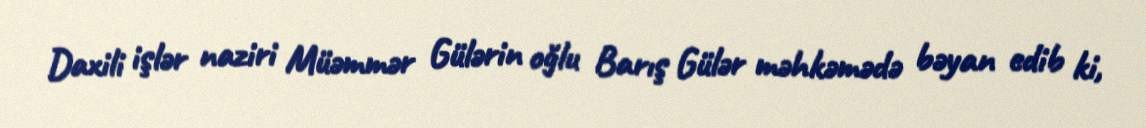
Daxili işlər naziri Müəmmər Gülərin oğlu Barış Gülər məhkəmədə bəyan edib ki,